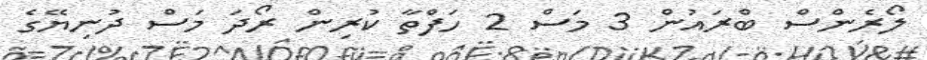
ލޯރެންސް ބްރައުން 3 މަސް 2 ހަފްތާ ކުރިން ރޯދަ މަސް ދުނިޔޭގެ